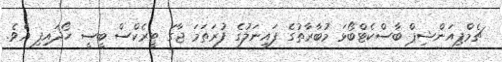
ޗެމްޕިއަންޝިޕް ބާސްކެޓްބޯޅަ މުބާރާތުގެ ފައިނަލުގެ ފުރަތަމަ ޖާގަ ޓީރެކްސް ބީސީ ހޯދައިފި އެވެ.